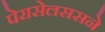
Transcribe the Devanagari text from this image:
पेरासेलससने